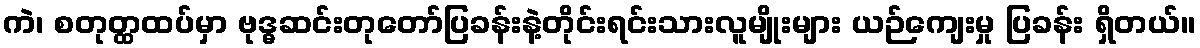
ကဲ၊ စတုတ္ထထပ်မှာ ဗုဒ္ဓဆင်းတုတော်ပြခန်းနဲ့တိုင်းရင်းသားလူမျိုးများ ယဉ်ကျေးမှု ပြခန်း ရှိတယ်။